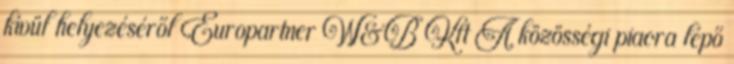
kívül helyezéséről Europartner W&B Kft A közösségi piacra lépő